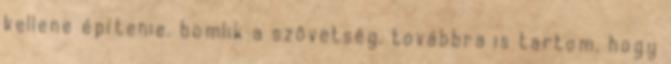
kellene építenie. bomlik a szövetség. továbbra is tartom, hogy